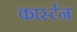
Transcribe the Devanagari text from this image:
कार्स्टन